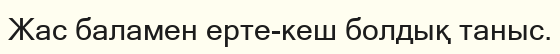
Жас баламен ерте-кеш болдық таныс.